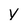
Character: y